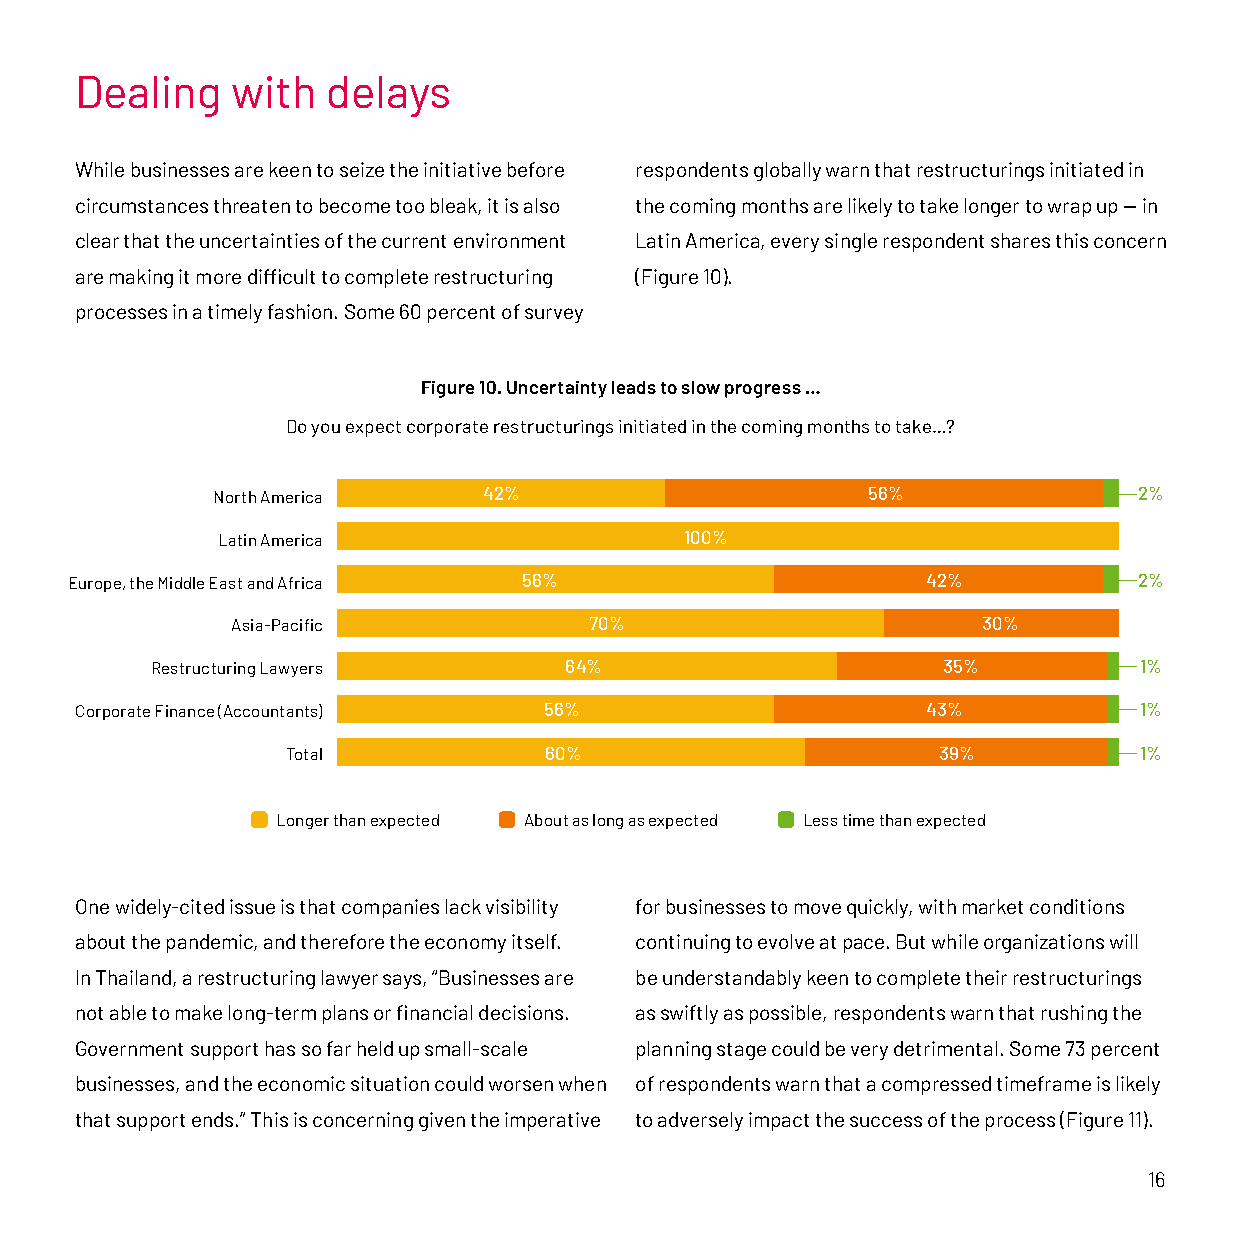
Dealing   with   delays
 While businesses are keen to seize the initiative before respondents globally warn that restructurings initiated in
 circumstances threaten to become too bleak, it is also the coming months are likely to take longer to wrap up — in
 clear that the uncertainties of the current environment Latin America, every single respondent shares this concern
 are making it more difficult to complete restructuring (Figure 10).
 processes in a timely fashion. Some 60 percent of survey
 Figure 10. Uncertainty leads to slow progress …
 Do you expect corporate restructurings initiated in the coming months to take…?
 North America     42%                      56%               2%
 Latin America                  100%
 Europe, the Middle East and Africa 56%                   42%           2%
 Asia-Pacific            70%                       30%
 Restructuring Lawyers      64%                      35%          1%
 Corporate Finance (Accountants) 56%                     43%           1%
 Total            60%                       39%          1%
 Longer than expected About as long as expected Less time than expected
 One widely-cited issue is that companies lack visibility for businesses to move quickly, with market conditions
 about the pandemic, and therefore the economy itself. continuing to evolve at pace. But while organizations will
 In Thailand, a restructuring lawyer says, “Businesses are be understandably keen to complete their restructurings
 not able to make long-term plans or financial decisions. as swiftly as possible, respondents warn that rushing the
 Government support has so far held up small-scale planning stage could be very detrimental. Some 73 percent
 businesses, and the economic situation could worsen when of respondents warn that a compressed timeframe is likely
 that support ends.” This is concerning given the imperative to adversely impact the success of the process (Figure 11).
 16